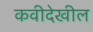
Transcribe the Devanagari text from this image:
कवीदेखील